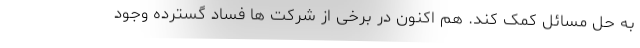
به حل مسائل کمک کند. هم اکنون در برخی از شرکت ها فساد گسترده وجود